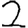
Digit: 2